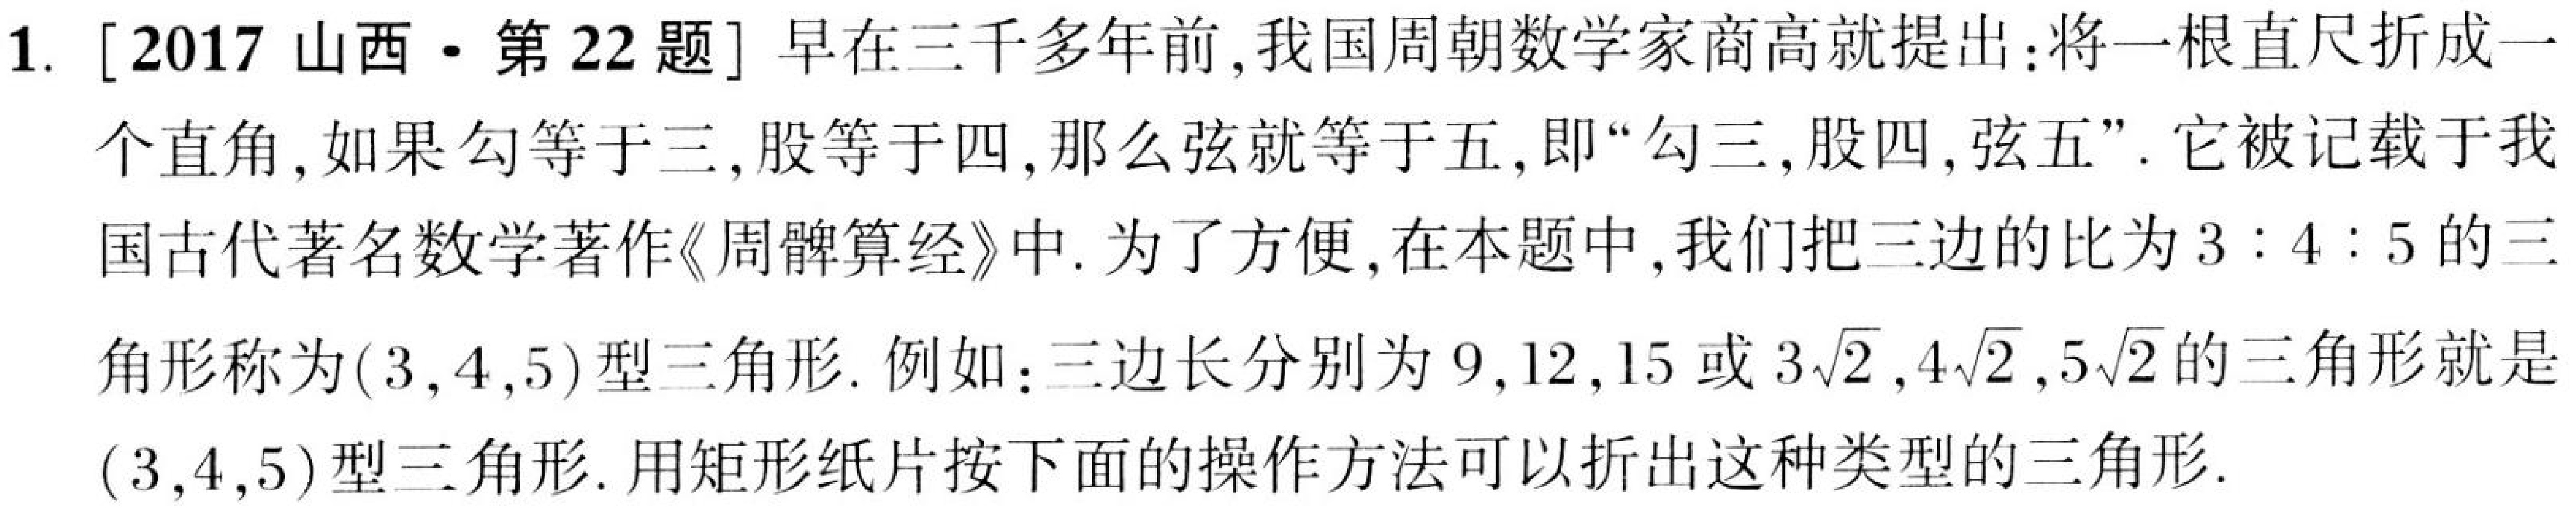
1. [2017山西·第22题] 早在三千多年前，我国周朝数学家商高就提出：将一根直尺折成一个直角，如果勾等于三，股等于四，那么弦就等于五，即“勾三，股四，弦五”. 它被记载于我国古代著名数学著作《周髀算经》中. 为了方便，在本题中，我们把三边的比为\(3:4:5\)的三角形称为\((3,4,5)\)型三角形. 例如：三边长分别为\(9,12,15\)或\(3\sqrt{2},4\sqrt{2},5\sqrt{2}\)的三角形就是\((3,4,5)\)型三角形. 用矩形纸片按下面的操作方法可以折出这种类型的三角形.